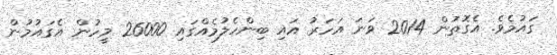
ގައުމެވެ. އެގޮތުން 2014 ވަނަ އަހަރު އައި ބިންހެލުމެއްގައި 26000 މީހުން އެގައުމުން